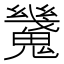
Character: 𩴆